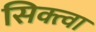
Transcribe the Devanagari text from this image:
सिक्त्वा